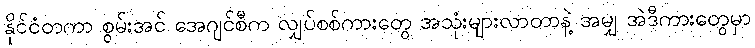
နိုင်ငံတကာ စွမ်းအင် အေဂျင်စီက လျှပ်စစ်ကားတွေ အသုံးများလာတာနဲ့ အမျှ အဲဒီကားတွေမှာ